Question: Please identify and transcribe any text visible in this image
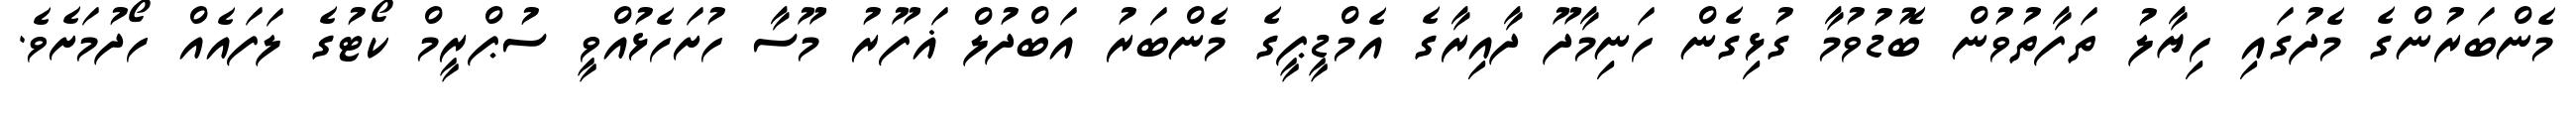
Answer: މެންބަރުންގެ މެދުގައި ހިޔާލު ތަފާތުވުން ބޮޑުވުމާ ގުޅިގެން ހަނިމާދޫ ދާއިރާގެ އެމްޑީޕީގެ މެންބަރު އަބްދުލް ޣަފޫރު މޫސާ ހުށަހެޅުއްވީ ސުޕްރީމް ކޯޓުގެ ލަފައެއް ހޯދުމަށެވެ.